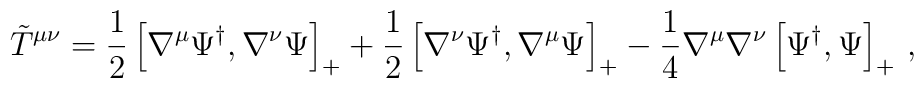
{\tilde T}^{\mu\nu}=\frac12\left[\nabla^\mu\Psi^\dag,\nabla^\nu\Psi\right]_++\frac12\left[\nabla^\nu\Psi^\dag,\nabla^\mu\Psi\right]_+-\frac14\nabla^\mu\nabla^\nu\left[\Psi^\dag,\Psi\right]_+\,,